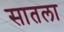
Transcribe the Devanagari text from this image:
सातला